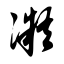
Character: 凝